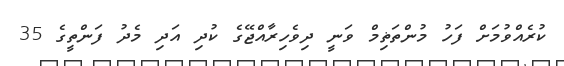
ކުރެއްވުމަށް ފަހު މުންތަޡިމް ވަނީ ދިވެހިރާއްޖޭގެ ކުދި އަދި މެދު ފަންތީގެ 35